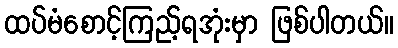
ထပ်မံစောင့်ကြည့်ရအုံးမှာ ဖြစ်ပါတယ်။